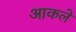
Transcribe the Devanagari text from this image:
आकले